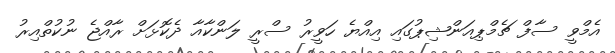
އެމްވީ ސާފް ޗެމްޕިއަންޝިޕުގައި އިއްޔެ ހަވީރު ސްރީ ލަންކާއާ ދެކޮޅަށް ރާއްޖެ ނުކުތްއިރު